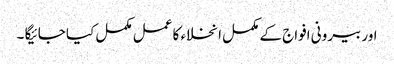
اور بیرونی افواج کے مکمل انخلاء کا عمل مکمل کیا جائیگا ۔